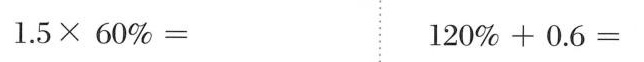
$$1 . 5 \times 6 0 % =$$ $$1 2 0 % + 0 . 6 =$$